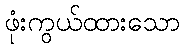
ဖုံးကွယ်ထားသော